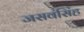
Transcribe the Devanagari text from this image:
जसवंसिंह